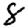
Digit: 8